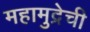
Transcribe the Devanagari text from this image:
महामुद्रेची